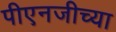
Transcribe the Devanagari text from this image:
पीएनजीच्या